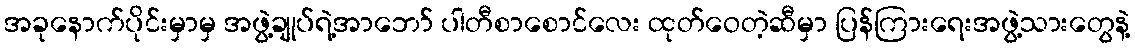
အခုနောက်ပိုင်းမှာမှ အဖွဲ့ချုပ်ရဲ့အာဘော် ပါတီစာစောင်လေး ထုတ်ဝေတဲ့ဆီမှာ ပြန်ကြားရေးအဖွဲ့သားတွေနဲ့